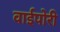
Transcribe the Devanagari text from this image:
वाईपोरी